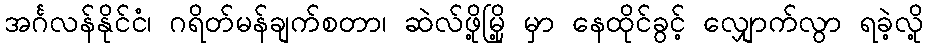
အင်္ဂလန်နိုင်ငံ၊ ဂရိတ်မန်ချက်စတာ၊ ဆဲလ်ဖို့မြို့ မှာ နေထိုင်ခွင့် လျှောက်လွာ ရခဲ့လို့